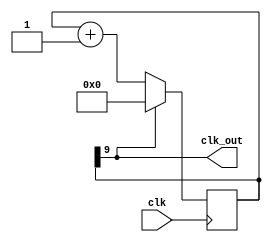
module clk_div #(parameter x = 10)(
  input clk,

  output clk_out
);

assign clk_out = cnt[x-1];

reg [x-1:0]cnt = 0;
always @ (posedge clk) begin
  if (clk_out)
  cnt <= 0;
  else
  cnt <= cnt + 1;
end
endmodule